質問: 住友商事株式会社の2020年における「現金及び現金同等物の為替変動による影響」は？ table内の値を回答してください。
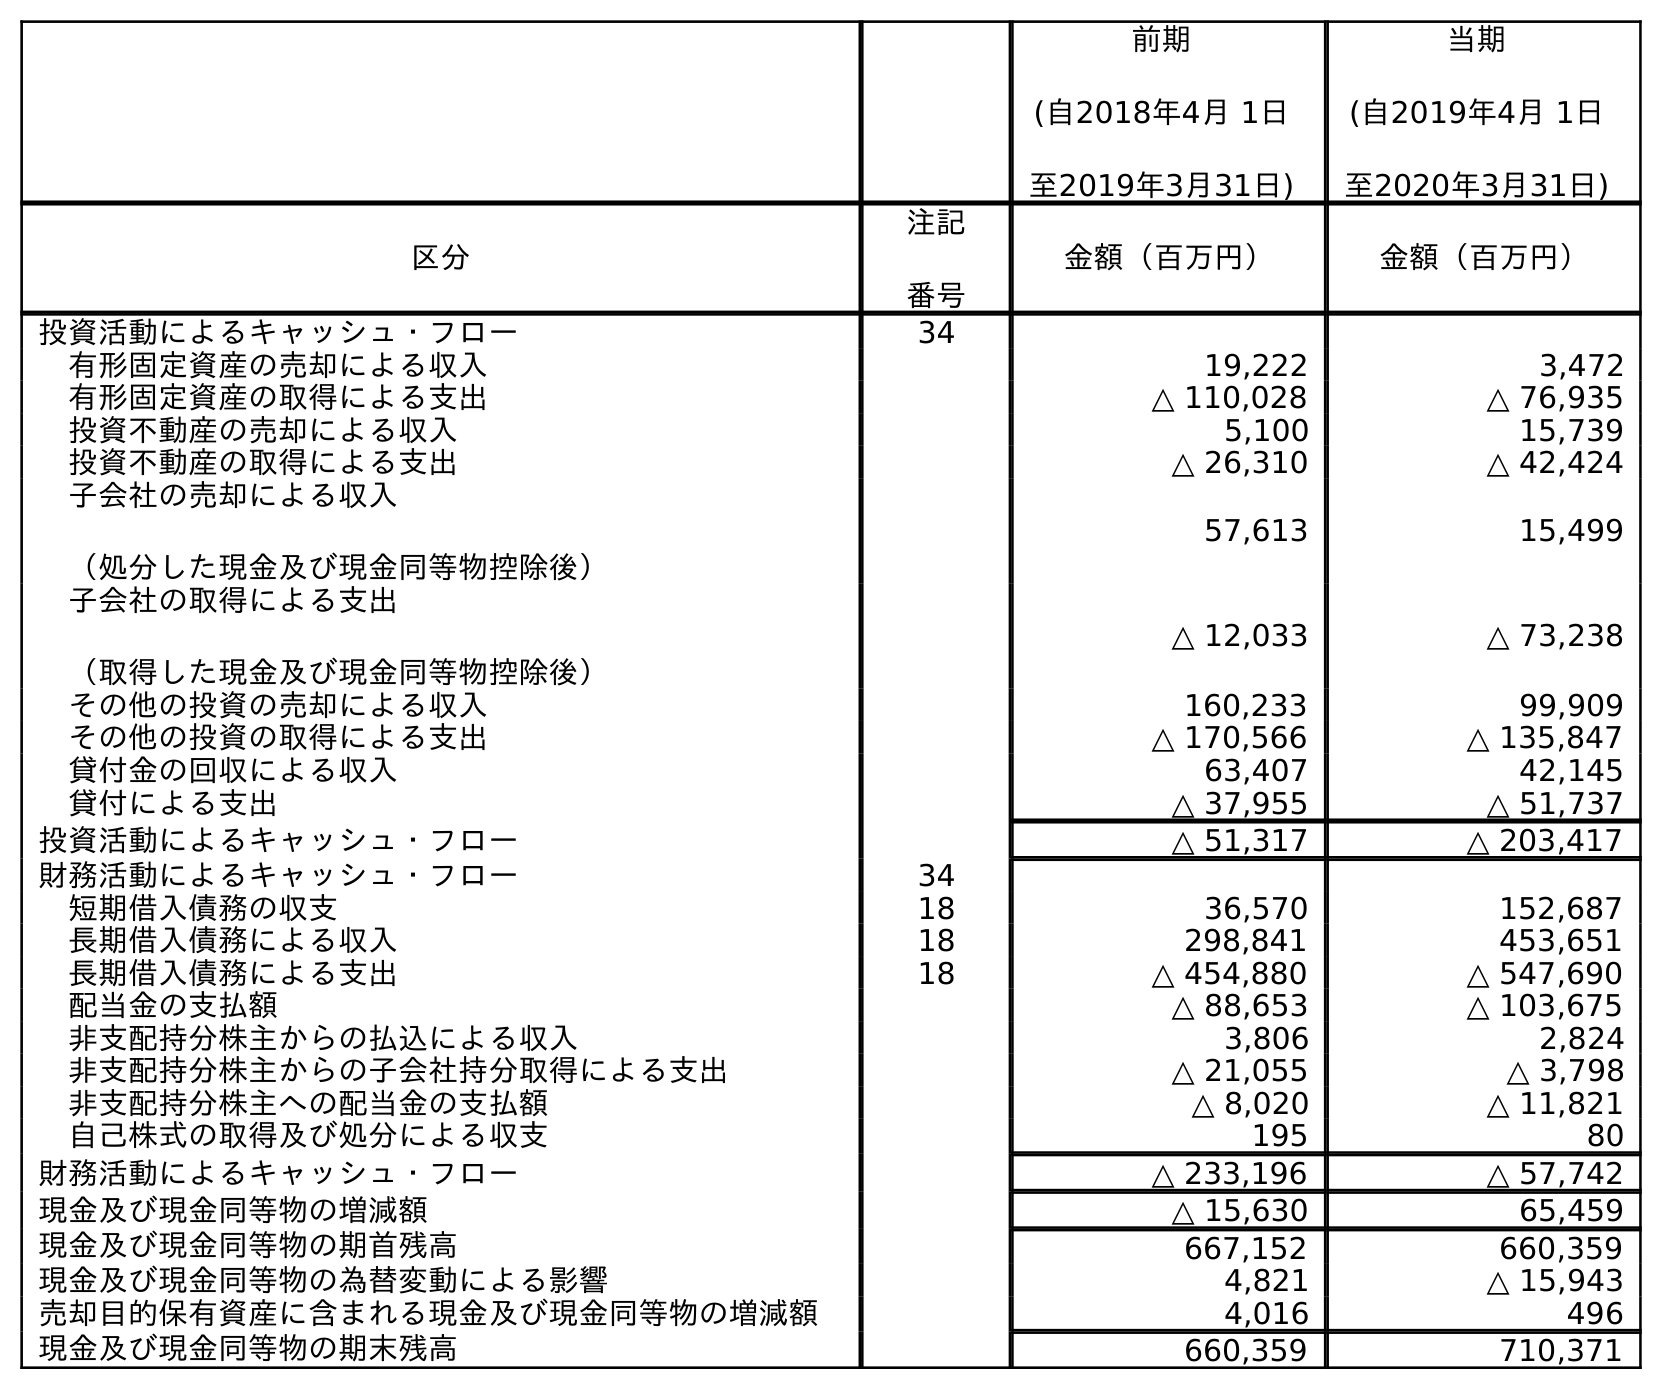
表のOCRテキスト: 前期 (自2018年4月 1日 至2019年3月31日) 当期 (自2019年4月 1日 至2020年3月31日) 区分 注記 番号 金額（百万円） 金額（百万円） 投資活動によるキャッシュ・フロー 34 有形固定資産の売却による収入 19,222 3,472 有形固定資産の取得による支出 △ 110,028 △ 76,935 投資不動産の売却による収入 5,100 15,739 投資不動産の取得による支出 △ 26,310 △ 42,424 子会社の売却による収入 （処分した現金及び現金同等物控除後） 57,613 15,499 子会社の取得による支出 （取得した現金及び現金同等物控除後） △ 12,033 △ 73,238 その他の投資の売却による収入 160,233 99,909 その他の投資の取得による支出 △ 170,566 △ 135,847 貸付金の回収による収入 63,407 42,145 貸付による支出 △ 37,955 △ 51,737 投資活動によるキャッシュ・フロー △ 51,317 △ 203,417 財務活動によるキャッシュ・フロー 34 短期借入債務の収支 18 36,570 152,687 長期借入債務による収入 18 298,841 453,651 長期借入債務による支出 18 △ 454,880 △ 547,690 配当金の支払額 △ 88,653 △ 103,675 非支配持分株主からの払込による収入 3,806 2,824 非支配持分株主からの子会社持分取得による支出 △ 21,055 △ 3,798 非支配持分株主への配当金の支払額 △ 8,020 △ 11,821 自己株式の取得及び処分による収支 195 80 財務活動によるキャッシュ・フロー △ 233,196 △ 57,742 現金及び現金同等物の増減額 △ 15,630 65,459 現金及び現金同等物の期首残高 667,152 660,359 現金及び現金同等物の為替変動による影響 4,821 △ 15,943 売却目的保有資産に含まれる現金及び現金同等物の増減額 4,016 496 現金及び現金同等物の期末残高 660,359 710,371
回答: △15,943